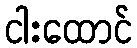
ငါးထောင်